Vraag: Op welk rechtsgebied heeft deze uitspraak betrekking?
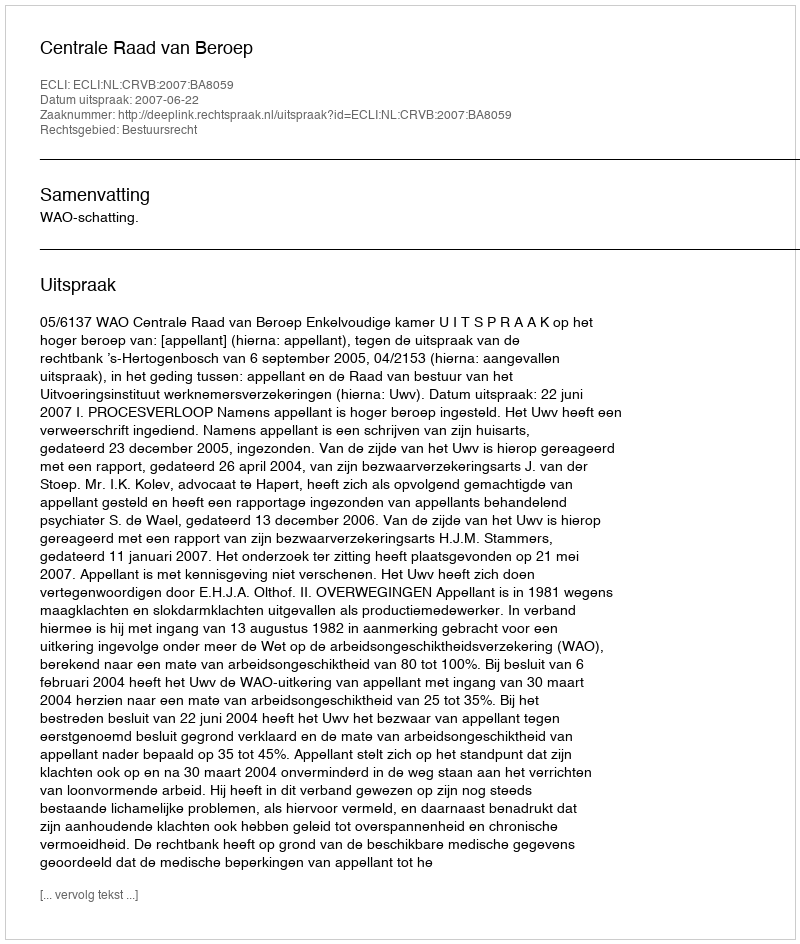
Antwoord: Bestuursrecht